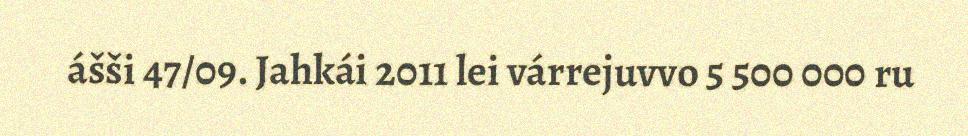
ášši 47/09. Jahkái 2011 lei várrejuvvo 5 500 000 ru